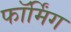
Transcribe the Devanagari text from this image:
फॉर्मिंग